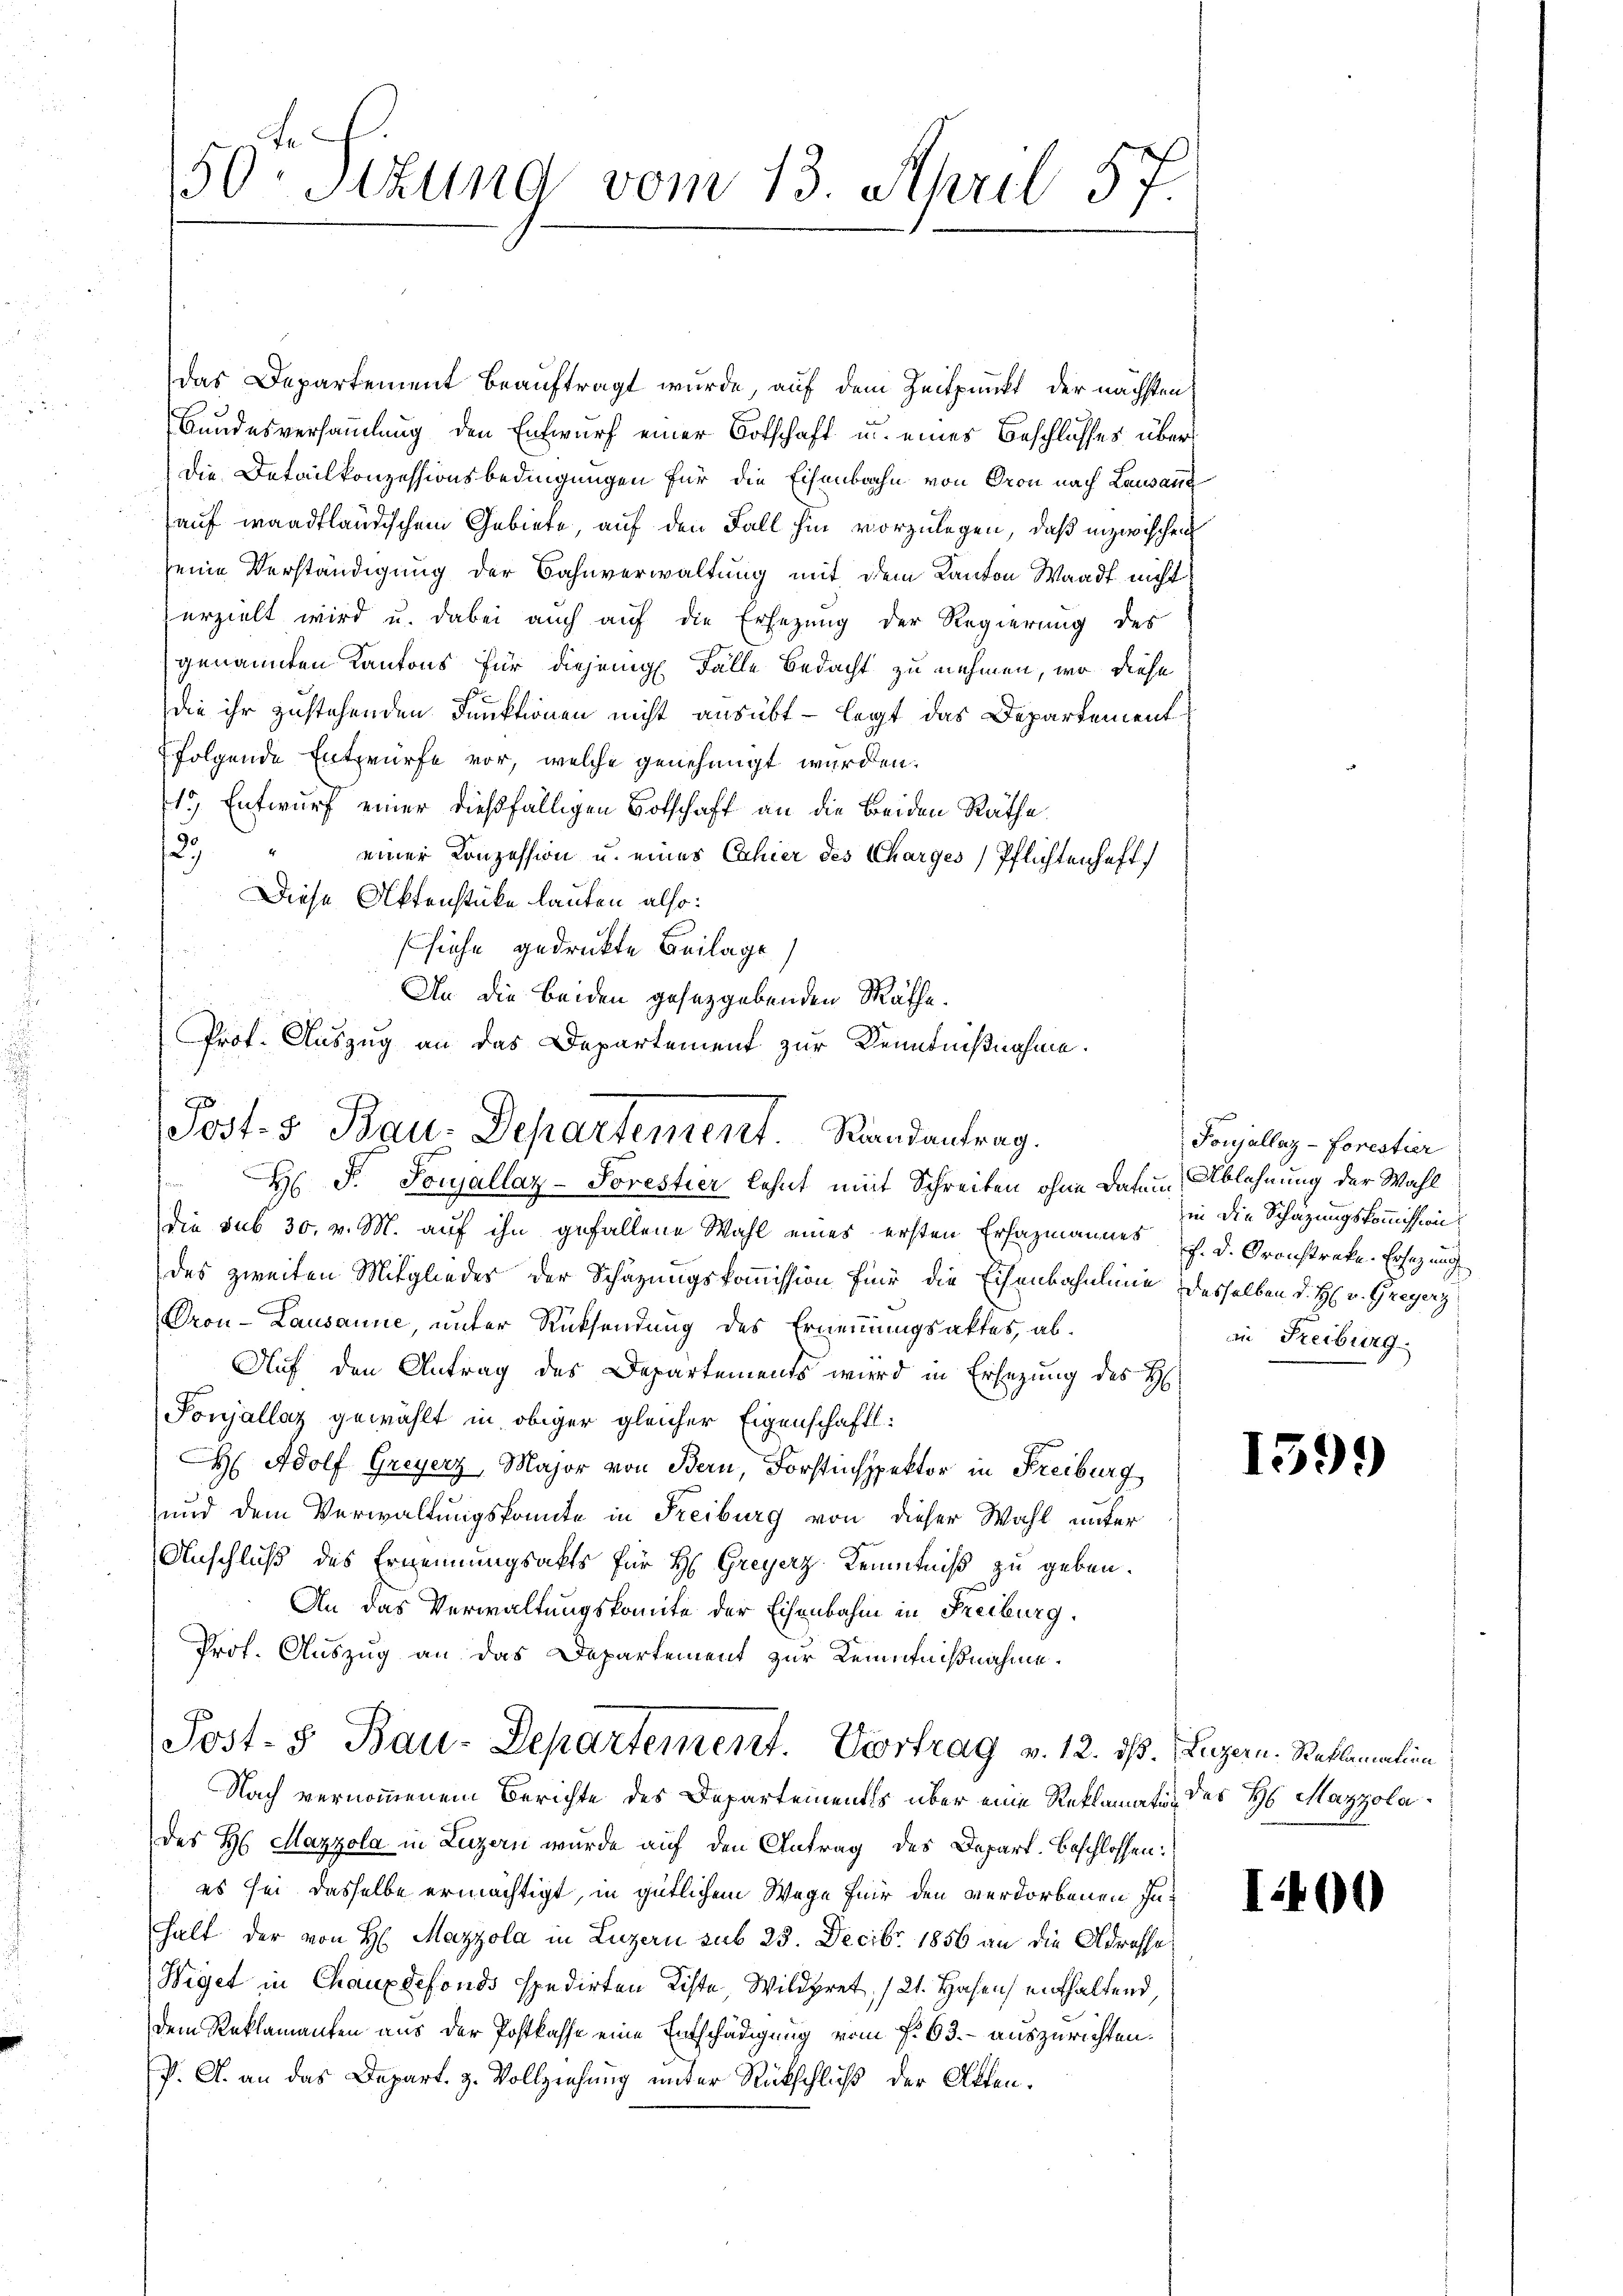
50. Sekung vom 13. April 57

Das Departement beauftragt wurde, auf dem Zeitpunkt der nächsten
Bundesversammlung den Entwurf einer Botschaft u. eines Beschlusses über
Die Detailkonzessionsbedingungen für die Eisenbahn von Oron nach Lausann
auf waadtländischem Gebiete, auf den Fall hin vorzulegen, daß inzwischen
seine Verständigung der Bahnverwaltung mit dem Kanton Waadt nicht
erzielt wird u. dabei auch auf die Ersezung der Regierung des
genannten Kantons für diejenige Fälle bedacht zu nehmen, wo diese
die ihr zustehenden Funktionen nicht ausübt - legt das Departement
folgende Entwürfe vor, welche genehmigt wurden.
13) Entwurf einer dießfälligen Botschaft an die beiden Räthe
139
" einer Konzession u. eines Cahier des Charges Pflichtenhaft,
Diese Aktenstücke lauten also:
siehe gedruckte Beilage)
An die beiden gesetzgebenden Räthe.
Prof. Auszug an das Departement zur Kenntnißnahme.

Post. S. Bau-Departement.   Randantrag.

H P. Soujallaz-Sorestier lehnt mit Schreiben ohne Datum Ablehnung der Wahl
die sub 30. v. M. auf ihn gefallene Wahl eines ersten Erhazmannes
des zweiten Mitgliedes der Schazungskommission für die Eisenbahnlinie desselben d. H. v. Greyerz
Pron-Lausanne, unter Rücksendung des Ernennungsaktes, ab¬
Auf den Antrag des Departements wird in Ersezung des H
Sonjallaz gewählt in obiger gleicher Eigenschaftl:
H Adolf Greyerz, Major von Bern, Forstinspektor in Freiburg
und dem Verwaltungskomite in Freiburg von dieser Wahl unter
Anschluß des Ernennungsakts für H. Greyerz Kenntniß zu geben.
An das Verwaltungskomite der Eisenbahn in Freiburg.
Prof. Auszug an das Departement zur Kenntnißnahme.
Post- & Bau-Departement. Vortrag v. 12. ds. Luzern. Reklamation
Nach vernommenem Berichte des Departements über eine Reklamatis des H Mazzolades H. Mayzola in Luzern wurde auf den Antrag des Depart. Beschlossen:
es sei dasselbe ermächtigt, in gütlichem Wege für den verdorbenen Inhalt der von H: Mazzola in Luzern sub 23. Decbr. 1856 an die Adresse
Wiget in Chauxdefonds spedirten Kiste, Wildpret, (21. Hohen enthaltend,
dem Reklamanten aus der Postkasse eine Entschädigung vom 7. 63. - auszurichten.
P. G. an das Depart. H. Vollziehung unter Rückschluß der Atten¬

Ponjallaz-Forestier
in die Schazungskommission
f. d. Cronstrete. Ersezung
an Reiburg.

1599

1

400